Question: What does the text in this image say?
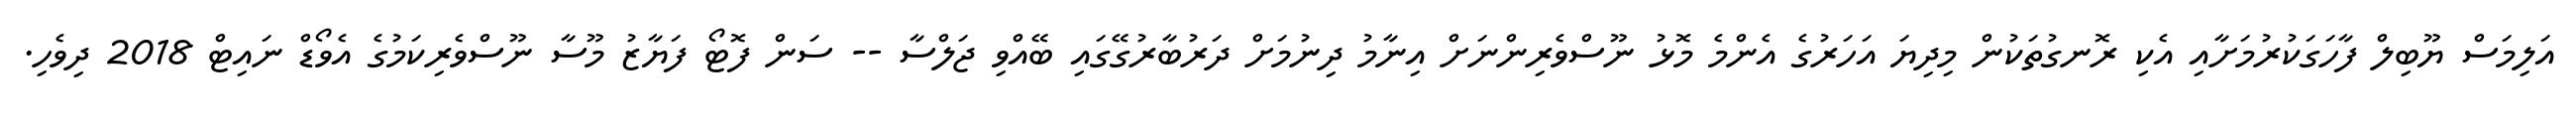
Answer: އަލިމަސް ޔޫބިލް ފާހަގަކުރުމަށާއި އެކި ރޮނގުތަކުން މިދިޔަ އަހަރުގެ އެންމެ މޮޅު ނޫސްވެރިންނަށް އިނާމު ދިނުމަށް ދަރުބާރުގޭގައި ބޭއްވި ޖަލްސާ -- ސަން ފޮޓޯ ފަޔާޒު މޫސާ ނޫސްވެރިކަމުގެ އެވޯޑް ނައިޓް 2018 ދިވެހި.